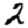
Digit: 2